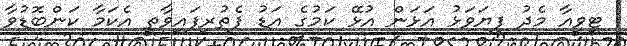
ޓީވީއާ މެދު ފިޔަވަޅު އަޅަން އުޅޭ ކަމުގެ އަޑު ފެތުރިފައިވާތީ އެކަމާ ކަންބޮޑުވާ